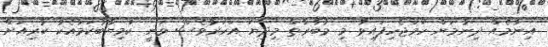
އިނާމެއް ދިނުމަށް ހަމަޖެހިފައިވާ މި މުބާރާތް މިދިޔަ އަހަރުވެސް ވަނީ ކާމިޔާބުކަމާއެކު ކުރިއަށް